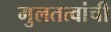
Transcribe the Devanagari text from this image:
मुलतत्वांची